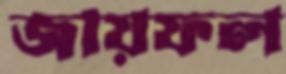
জায়ফল